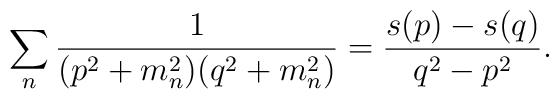
\sum_n {1\over (p^2 + m_n^2) (q^2 + m_n^2)} = {s(p)-s(q)\over q^2 - p^2}.